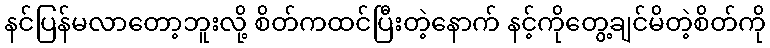
နင်ပြန်မလာတော့ဘူးလို့ စိတ်ကထင်ပြီးတဲ့နောက် နင့်ကိုတွေ့ချင်မိတဲ့စိတ်ကို